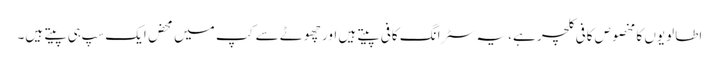
اطالویوں کا مخصوص کافی کلچر ہے، یہ سٹرانگ کافی پیتے ہیں اور چھوٹے سے کپ میں محض ایک سپ ہی پیتے ہیں۔